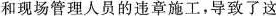
和现场管理人员的违章施工，导致了这